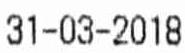
31-03-2018